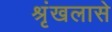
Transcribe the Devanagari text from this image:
श्रृंखलासे